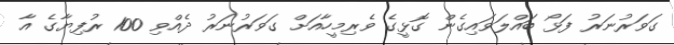
ގަވަރުނަރު ފަޅޯ ބައްލަވައިގެން ގޮޅީގެ ވެރިމީހާއަށް ގަވަރުނަރު ދެއްވި 100 ރުފިޔާގެ އާ